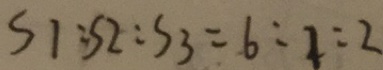
S 1 : S 2 : S 3 = 6 : 1 : 2